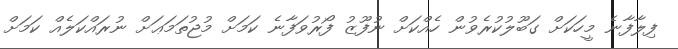
ފިލާފާނެ މީހަކަށް ގަބޫލުކުރެވުން ހެއްކަށް ނުފޫޒު ފޯރުވަފާނެ ކަމަށް މުޖުތަމަޢަށް ނުރައްކަލެއް ކަމަށް